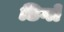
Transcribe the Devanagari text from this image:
डिगो